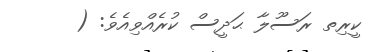
ކީރިތ ރަސޫލާ ޙަދީސް ކުރެއްވިއެވެ: (